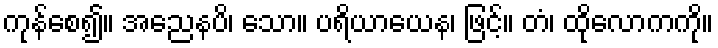
ကုန်စေ၍။ အညေနပိ၊ သော။ ပရိယာယေန၊ ဖြင့်။ တံ၊ ထိုလောကကို။